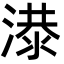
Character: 𬈘